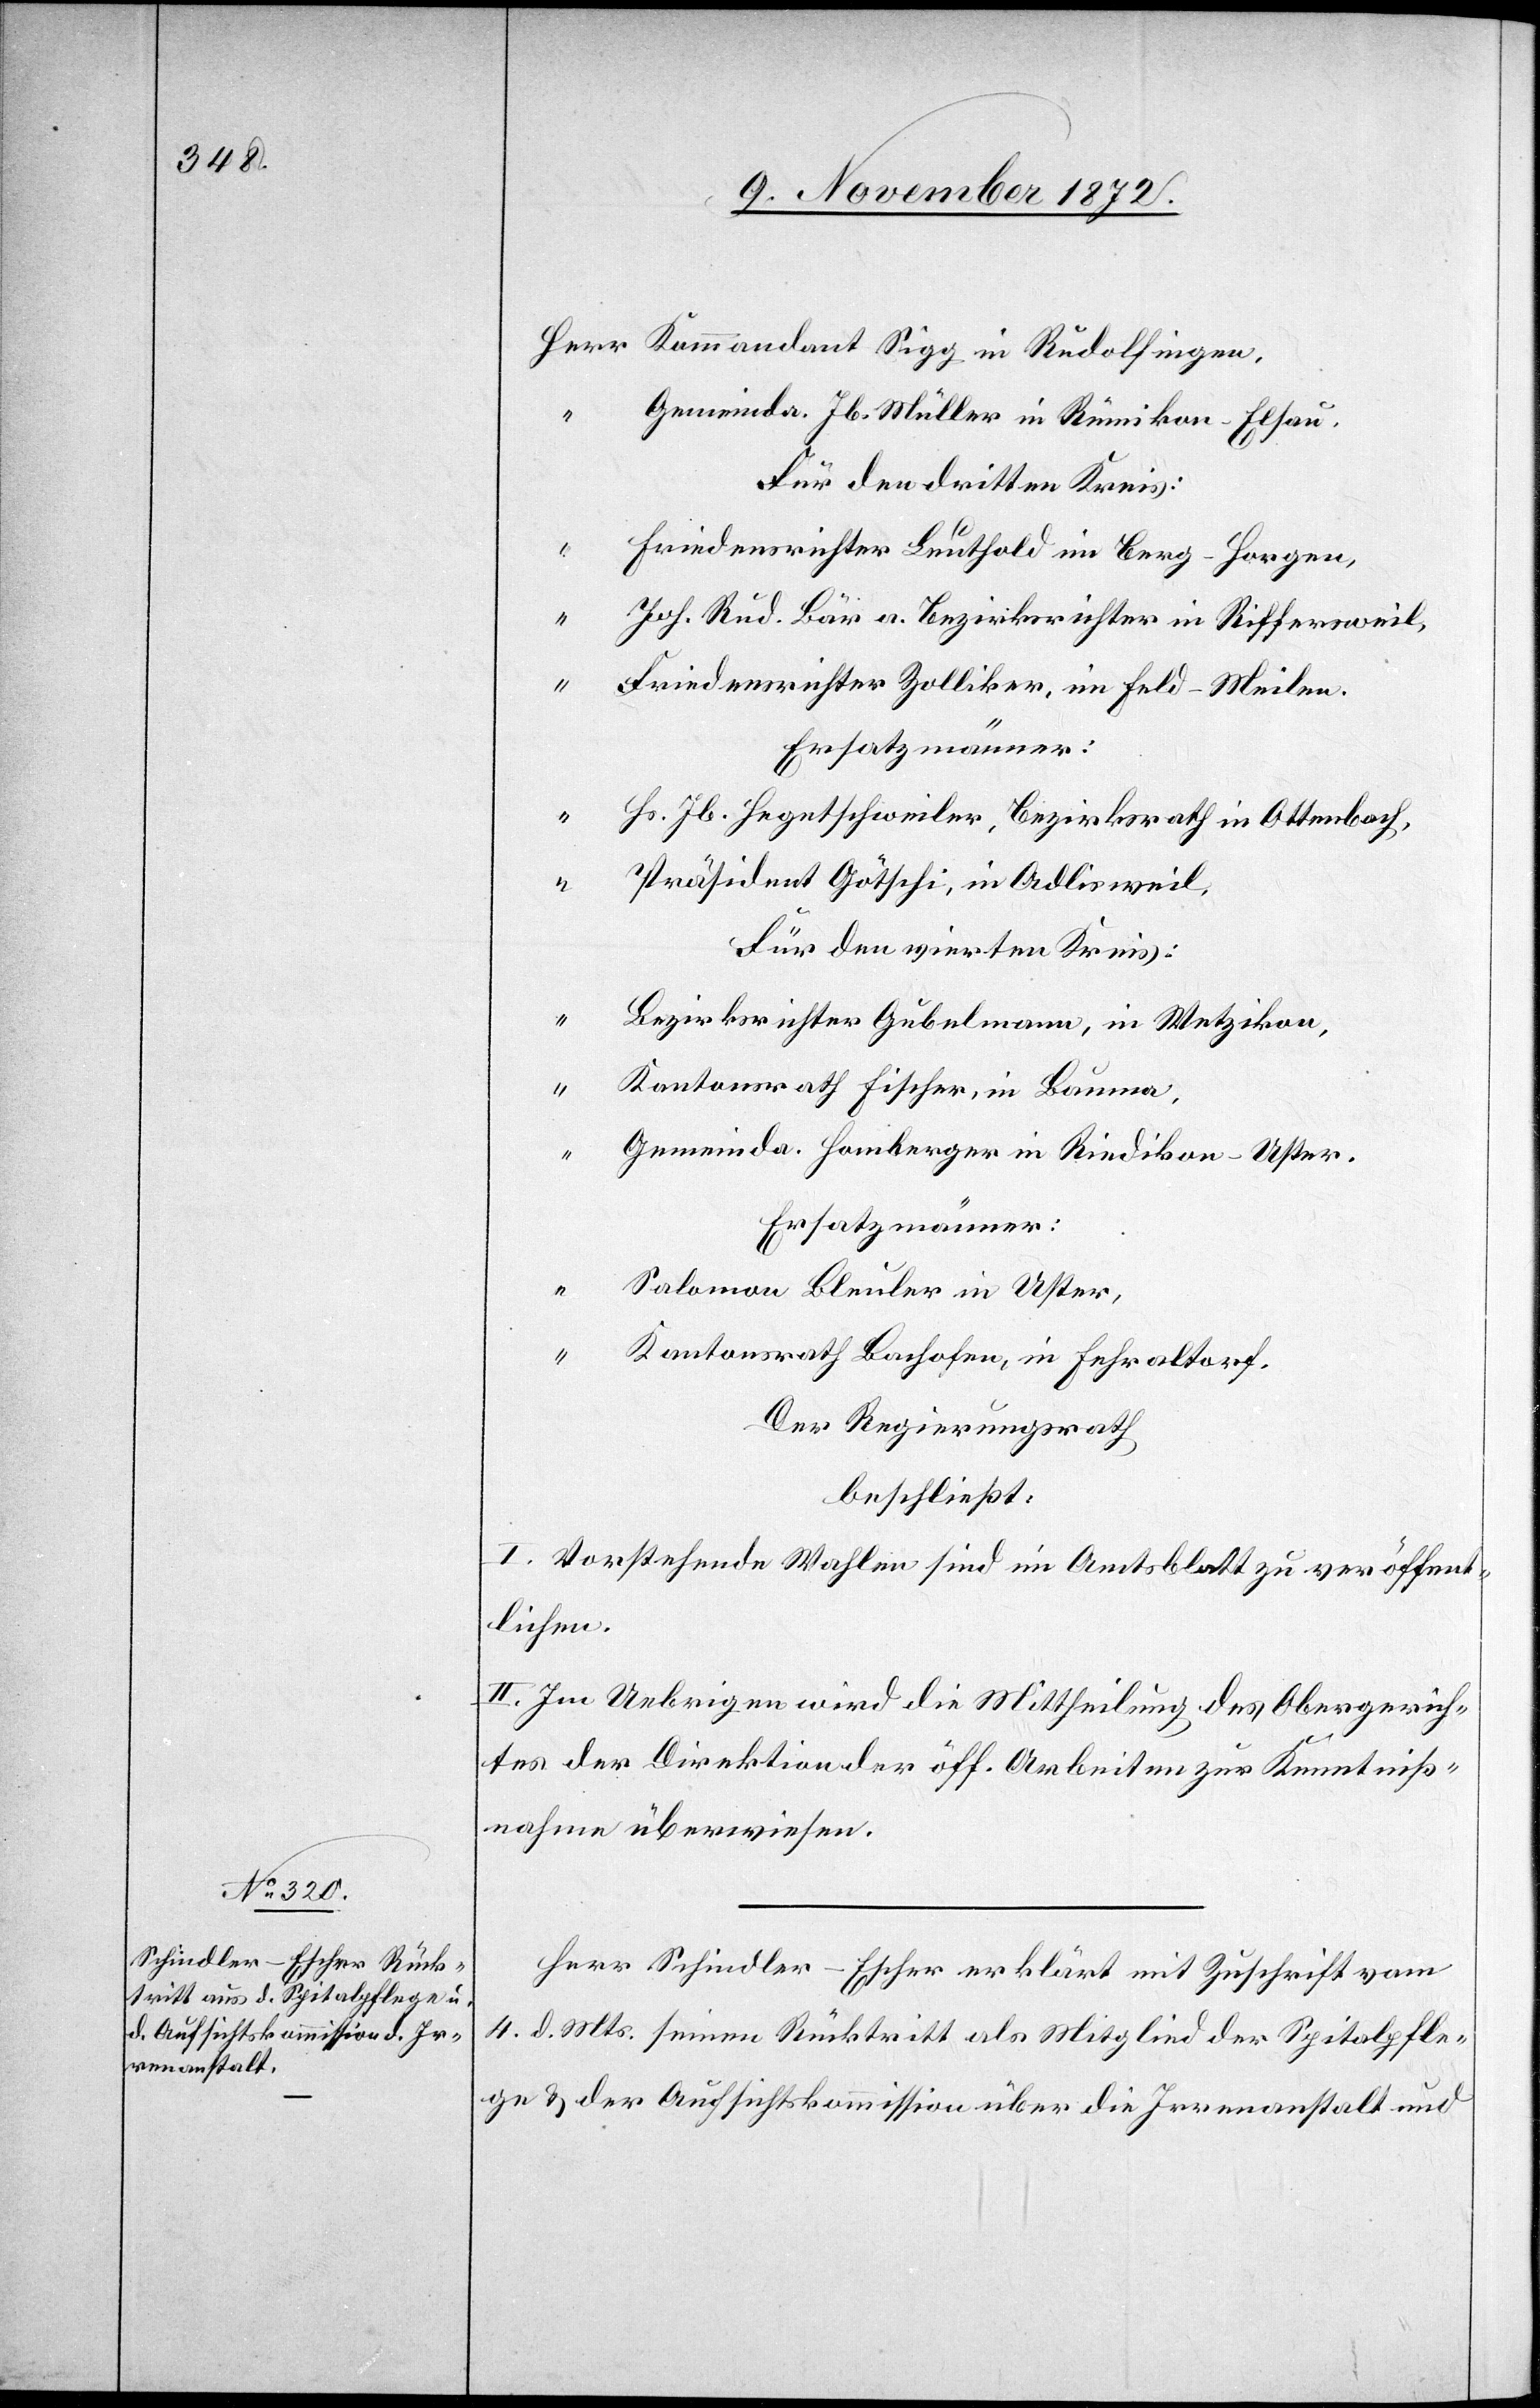
Gemeinda. Jb. Müller in Rümikon-Elsau.
Für den dritten Kreis:
Friedensrichter Leuthold im Berg-Horgen,
Joh. Rud. Bär a. Bezirksrichter in Riffersweil,
“
Friedensrichter Zolliker, im Feld-Meilen.
Hs. Jb. Hegentschweiler, Bezirksrath in Ottenbach,
Präsident Götschi, in Adlisweil,
Für den vierten Kreis:
“
Bezirksrichter Gubelmann, in Wetzikon,
“
Kantonsrath Fischer, in Bauma,
Gemeinda. Homberger in Riedikon-Uster.
Ersatzmänner:
Salomon Bleuler in Uster,
Kantonsrath Bachofen, in Fehraltorf.
Der Regierungsrath
beschließt:
I. Vorstehende Wahlen sind im Amtsblatt zu veröffent¬
lichen.
II. Im Uebrigen wird die Mittheilung des Obergerich¬
ts der Direktion der öff. Arbeiten zur Kenntniß¬
nahme überwiesen.
Herr Schindler-Escher erklärt mit Zuschrift vom
4. d. Mts. seinen Rücktritt als Mitglied der Spitalpfle¬
ge u. der Aufsichtskommission über die Irrenanstalt und